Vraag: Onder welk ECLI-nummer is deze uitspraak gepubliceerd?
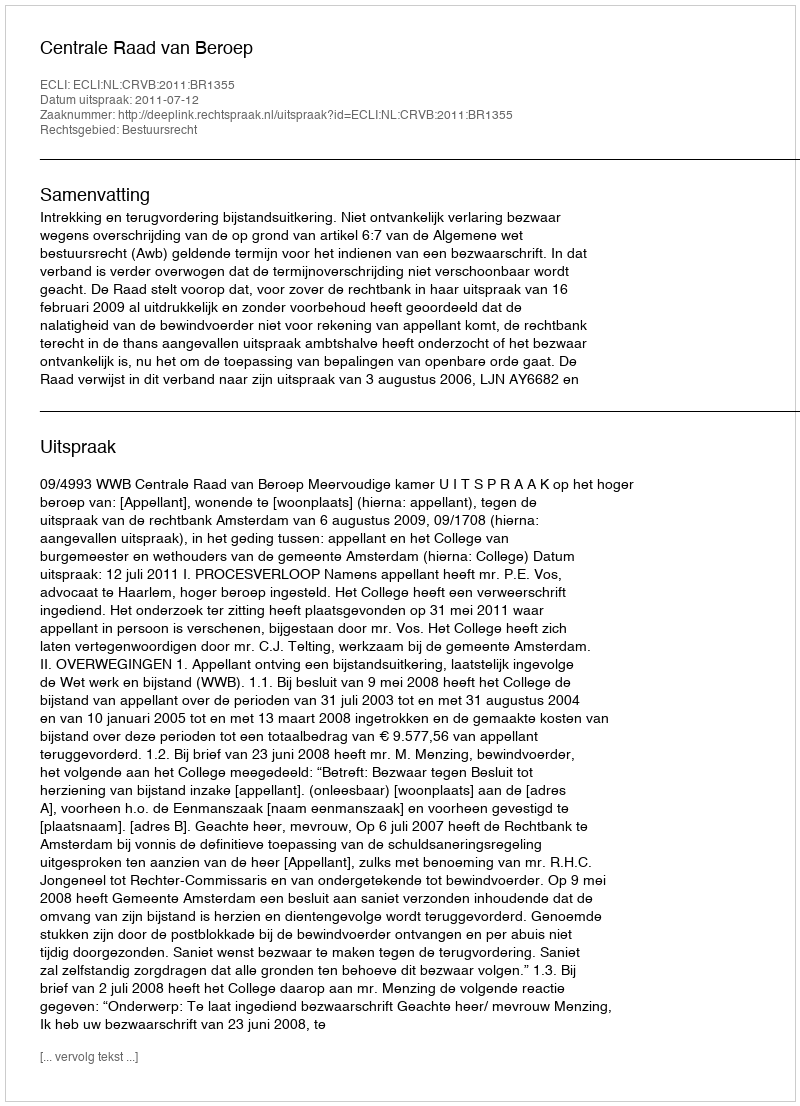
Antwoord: ECLI:NL:CRVB:2011:BR1355